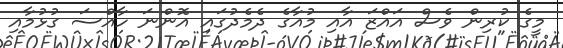
މީގެ ކުރިން ވެސް އައްޒަ އާއި މުއާގެ ދެމެދުގައި އޮންނަ ހާއްސަ ގުޅުމާއި